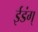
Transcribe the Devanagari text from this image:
ईडंग्